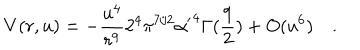
V ( r , u ) = - { \frac { u ^ { 4 } } { r ^ { 9 } } } 2 ^ { 4 } \pi ^ { 7 / 2 } { \alpha ^ { \prime } } ^ { 4 } \Gamma ( { \frac { 9 } { 2 } } ) + O ( u ^ { 6 } ) \quad .